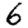
Digit: 6